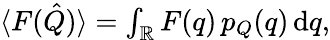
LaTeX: \begin{array}{r}{\langle F(\hat{Q})\rangle=\int_{\mathbb{R}}F(q)\, p_{Q}(q)\, \mathrm{d}q,}\end{array}